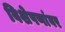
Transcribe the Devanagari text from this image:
विशेषणांवर